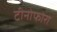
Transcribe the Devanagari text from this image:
टीनोफोरा